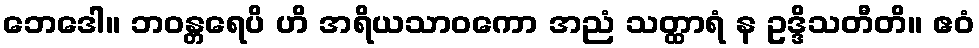
ဘေဒေါ။ ဘဝန္တရေပိ ဟိ အရိယသာဝကော အညံ သတ္ထာရံ န ဥဒ္ဒိသတီတိ။ ဧဝံ